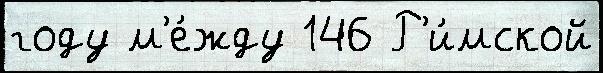
году м'е́жду 146 Р'и́мской